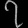
Digit: ၇